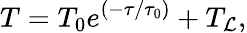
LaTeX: T=T_{0}e^{(-\tau/\tau_{0})}+T_{\mathcal{L}},